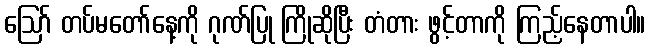
ဪ တပ်မတော်နေ့ကို ဂုဏ်ပြု ကြိုဆိုပြီး တံတား ဖွင့်တာကို ကြည့်နေတာပါ။